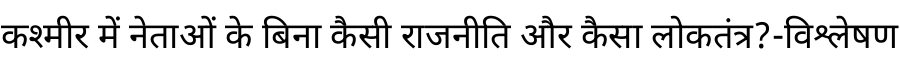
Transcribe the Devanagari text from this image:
कश्मीर में नेताओं के बिना कैसी राजनीति और कैसा लोकतंत्र?-विश्लेषण